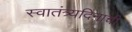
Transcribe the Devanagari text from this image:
स्वातंत्र्यदिनाची